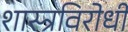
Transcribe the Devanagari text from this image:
शास्त्रविरोधी